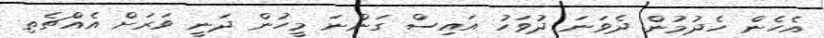
އެހެން ހެދުމުން ދެވަނަ ދުވަހު އައިސް ގަންނަ މީހުން ދަނީ ވަރަށް އެއްޗެތި